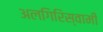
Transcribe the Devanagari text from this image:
अलगिरिस्वामी